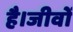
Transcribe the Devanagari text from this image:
है।जीवों